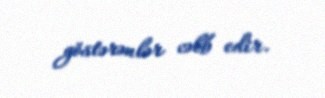
göstərənlər cəlb edir.